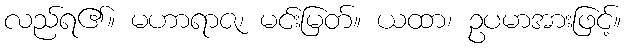
လည်ရ၏။ မဟာရာဇ၊ မင်းမြတ်။ ယထာ၊ ဥပမာအားဖြင့်။